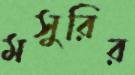
মসুরির